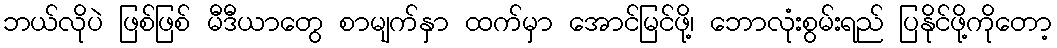
ဘယ်လိုပဲ ဖြစ်ဖြစ် မီဒီယာတွေ စာမျက်နှာ ထက်မှာ အောင်မြင်ဖို့၊ ဘောလုံးစွမ်းရည် ပြနိုင်ဖို့ကိုတော့